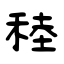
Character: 稑